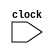
// Incomplete behavioral model of MIPS pipeline

module mipspipe_mp3 (clock);
  // in_out
  input clock;

  // Instruction opcodes
  parameter LW = 6'b100011, SW = 6'b101011, BEQ = 6'b000100, nop = 32'b00000_100000, ALUop = 6'b0, ADD = 6'b100000; // modified, added ADD instruction.
  reg [31:0] PC, Regs[0:31], IMemory[0:1023], DMemory[0:1023], // instruction and data memories
             IFIDIR, IDEXA, IDEXB, IDEXIR, EXMEMIR, EXMEMB, // pipeline latches
             EXMEMALUOut, MEMWBValue, MEMWBIR;

  wire [4:0] IDEXrs, IDEXrt, EXMEMrd, MEMWBrd, MEMWBrt; // hold register fields
  wire [5:0] EXMEMop, MEMWBop, IDEXop; // hold opcodes
  wire [31:0] Ain, Bin; // ALU inputs

  // declare the bypass signals
  wire bypassAfromMEM, bypassAfromALUinWB, bypassBfromMEM, bypassBfromALUinWB, bypassAfromLWinWB, bypassBfromLWinWB;

   // Define fields of pipeline latches
   assign IDEXrs = IDEXIR[25:21]; // rs field
   assign IDEXrt = IDEXIR[20:16]; // rt field
   assign EXMEMrd = EXMEMIR[15:11]; // rd field
   assign MEMWBrd = MEMWBIR[15:11]; // rd field
   assign MEMWBrt = MEMWBIR[20:16]; // rt field -- for loads
   assign EXMEMop = EXMEMIR[31:26]; // opcode
   assign MEMWBop = MEMWBIR[31:26]; // opcode
   assign IDEXop = IDEXIR[31:26]; // opcode


  // The bypass to input A from the MEM stage for an ALU operation
  assign bypassAfromMEM = (IDEXrs == EXMEMrd) & (IDEXrs!=0) & (EXMEMop==ALUop);
  // The bypass to input B from the MEM stage for an ALU operation
  assign bypassBfromMEM = (IDEXrt == EXMEMrd) & (IDEXrt!=0) & (EXMEMop==ALUop); // modified
  // The bypass to input A from the WB stage for an ALU operation
  assign bypassAfromALUinWB = (IDEXrs == MEMWBrd) & (IDEXrs!=0) & (MEMWBop==ALUop); // modified
  // The bypass to input B from the WB stage for an ALU operation
  assign bypassBfromALUinWB = (IDEXrt == MEMWBrd) & (IDEXrt!=0) & (MEMWBop==ALUop); // modified
  // The bypass to input A from the WB stage for an LW operation
  assign bypassAfromLWinWB = (IDEXrs == MEMWBIR[20:16]) & (IDEXrs!=0) & (MEMWBop==LW);
  // The bypass to input B from the WB stage for an LW operation
  assign bypassBfromLWinWB = (IDEXrt == MEMWBIR[20:16]) & (IDEXrt!=0) & (MEMWBop==LW); // modified

  // The A input to the ALU is bypassed from MEM if there is a bypass there,
  // Otherwise from WB if there is a bypass there, and otherwise comes from the IDEX register
  assign Ain = bypassAfromMEM? EXMEMALUOut : (bypassAfromALUinWB | bypassAfromLWinWB)? MEMWBValue : IDEXA;

  // The B input to the ALU is bypassed from MEM if there is a bypass there,
  // Otherwise from WB if there is a bypass there, and otherwise comes from the IDEX register
  assign Bin = bypassBfromMEM? EXMEMALUOut : (bypassBfromALUinWB | bypassBfromLWinWB)? MEMWBValue : IDEXB; // modified


  reg [5:0] i; // used to initialize latches
  reg [10:0] j,k; // used to initialize memories
  
  initial begin
    PC = 0;
    IFIDIR = nop; 
    IDEXIR = nop; 
    EXMEMIR = nop; 
    MEMWBIR = nop; // no-ops in pipeline latches
  
    for (i = 0;i<=31;i = i+1) Regs[i] = i; // initialize latches
  
    IMemory[0] = 32'h00412820; //add $5,$2,$1 32'b0000 0000 0100 0001 0010 1000 0010 0000
    IMemory[1] = 32'h8ca30004; //lw $3,4($5) 32'b1000 1100 1010 0011 0000 0000 0000 0100
    IMemory[2] = 32'haca70005; //sw $7,5($5) 32'b1010 1100 1010 0111 0000 0000 0000 0101
    IMemory[3] = 32'h00602020; //add $4,$3,$0 32'b0000 0000 0110 0000 0010 0000 0010 0000
    IMemory[4] = 32'h01093020; //add $6,$8,$9 32'b0000 0001 0000 1001 0011 0000 0010 0000
    IMemory[5] = 32'hac06000c; //sw $6,12($0) 32'b1010 1100 0000 0110 0000 0000 0000 1100
    IMemory[6] = 32'h00c05020; //add $10,$6,$0 32'b0000 0000 1100 0000 0101 0000 0010 0000
    IMemory[7] = 32'h8c0b0010; //lw $11,16($0) 32'b1000 1100 0000 1011 0000 0000 0001 0000
    IMemory[8] = 32'h00000020; //add $0,$0,$0 32'b0000 0000 0000 0000 0000 0000 0010 0000
    IMemory[9] = 32'h002b6020; //add $12,$1,$11 32'b0000 0000 0010 1011 0110 0000 0010 0000
    for (j=10; j<=1023; j=j+1) IMemory[j] = nop;
    
    DMemory[0] = 32'h00000000; //0($0) : 32'h00000000
    DMemory[1] = 32'hffffffff; //4($1) : 32'hffffffff
    DMemory[2] = 32'h00000000; //8($2) : 32'h00000000
    DMemory[3] = 32'h00000000; //12($3): 32'h00000000
    DMemory[4] = 32'hfffffffe; //16($4): 32'hfffffffe
    for (k=5; k<=1023; k=k+1) DMemory[k] = 0;
  end

  always @ (posedge clock) 
  begin
    
	// FETCH: Fetch instruction & update PC
    IFIDIR <= IMemory[PC>>2];
    PC <= PC + 4;

    // DECODE: Read registers
    IDEXA <= Regs[IFIDIR[25:21]]; 
    IDEXB <= Regs[IFIDIR[20:16]];
    IDEXIR <= IFIDIR; 

    // EX: Address calculation or ALU operation
    if ((IDEXop==LW) |(IDEXop==SW)) // address calculation & copy B
       EXMEMALUOut <= Ain +{{16{IDEXIR[15]}}, IDEXIR[15:0]};
    else if (IDEXop==ALUop) begin
       case (IDEXIR[5:0]) // R-type instruction
         32: EXMEMALUOut <= Ain + Bin; // add operation
         default: ; // other R-type operations: subtract, SLT, etc.
       endcase
    end
   
    EXMEMIR <= IDEXIR; 
    EXMEMB <= Bin; // pass along the IR & B register
   
    // MEM
    if (EXMEMop==ALUop) MEMWBValue <= EXMEMALUOut; // pass along ALU result
    else if (EXMEMop == LW) MEMWBValue <= DMemory[EXMEMALUOut>>2];
    else if (EXMEMop == SW) DMemory[EXMEMALUOut>>2] <=EXMEMB; // store
   
    MEMWBIR <= EXMEMIR; // pass along IR
   
    // WB 
    if ((MEMWBop==ALUop) & (MEMWBrd != 0)) // update latches if ALU operation and destination not 0
    Regs[MEMWBrd] <= MEMWBValue; // ALU operation
    else if ((MEMWBop == LW)& (MEMWBrt != 0)) // Update latches if load and destination not 0
    Regs[MEMWBrt] <= MEMWBValue;
  end

endmodule